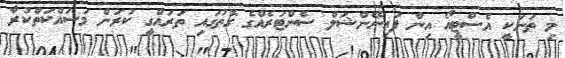
މި ތަނަކީ އެސްޓީއޯ އިން ފައިނޭންޝަލް ސެންޓަރެއްގެ ގޮތުގައި ތަރައްގީ ކުރަން މަސައްކަތްކުރާ